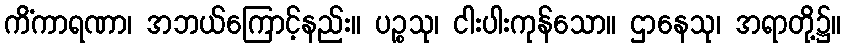
ကိံကာရဏာ၊ အဘယ်ကြောင့်နည်း။ ပဉ္စသု၊ ငါးပါးကုန်သော။ ဌာနေသု၊ အရာတို့၌။